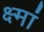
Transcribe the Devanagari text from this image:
क्ष्मां